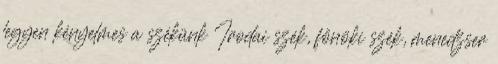
legyen kényelmes a székünk Irodai szék, főnöki szék, menedzser